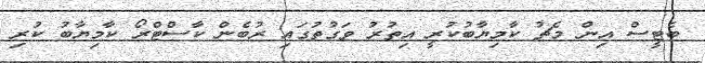
ބެޓީސް އިން މެޗު ކާމިޔާބުކުރީ އިތުރު ވަގުތުގައި ރުބެން ކާސްޓްރޯ ކާމިޔާބު ކުރި